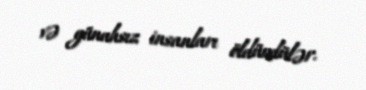
və günahsız insanları öldürdülər.